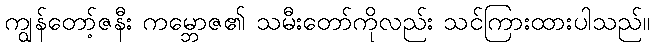
ကျွန်တော့်ဇနီး ကမ္ဘောဇ၏ သမီးတော်ကိုလည်း သင်ကြားထားပါသည်။